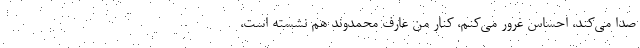
صدا مي‌كند، احساس غرور مي‌كنم، كنار من عارف محمدوند هم نشسته است،